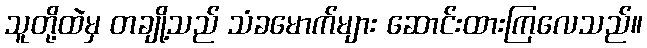
သူတို့ထဲမှ တချို့သည် သံခမောက်များ ဆောင်းထားကြလေသည်။